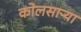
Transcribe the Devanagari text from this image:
कोलसाऱ्या